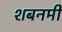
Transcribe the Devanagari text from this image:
शबनमी